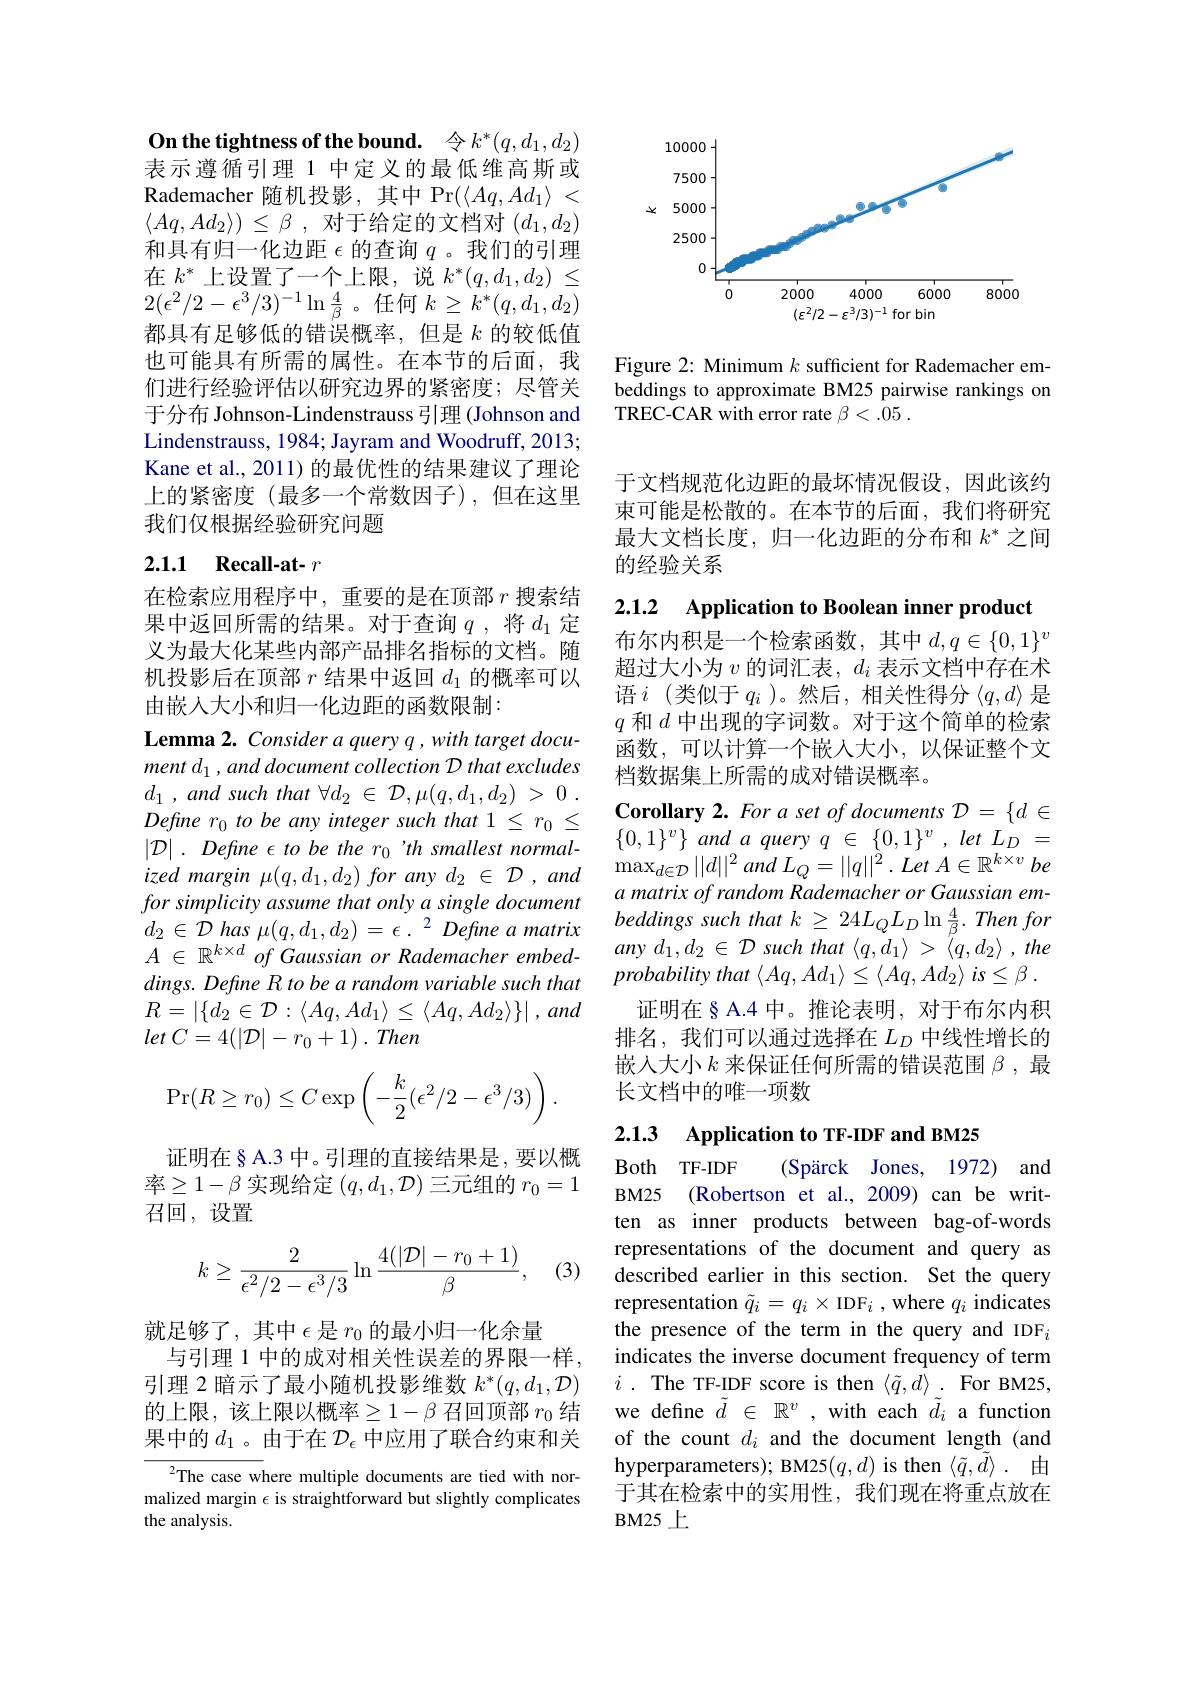
On the tightness of the bound. 令$k^*(q,d_1,d_2)$ 表示遵循引理 1 中定义的最低维高斯或Rademacher 随机投影，其中 Pr$( \langle Aq, Ad_1\rangle$ < $\langle Aq, Ad_2\rangle )$ $\leq$ $\beta$ , 对于给定的文档对 $(d_1,d_2)$ 和具有归一化边距$\epsilon$的查询$q$ 。我们的引理在$k^*$上设置了一个上限，说$k^*(q,d_1,d_2)\leq$ $2(\epsilon^2/2-\epsilon^3/3)^{-1}\ln\frac4\beta$。任何$k\geq k^*(q,d_1,d_2)$ 都具有足够低的错误概率，但是$k$ 的较低值也可能具有所需的属性。在本节的后面，我们进行经验评估以研究边界的紧密度；尽管关于分布 Johnson-Lindenstrauss 引理 (Johnson and Lindenstrauss, 1984; Jayram and Woodruff, 2013; Kane et al., 2011) 的最优性的结果建议了理论上的紧密度(最多一个常数因子),但在这里我们仅根据经验研究问题

# 2.1.1 Recall-at- $r$

在检索应用程序中，重要的是在顶部$r$搜索结果中返回所需的结果。对于查询$q$,将$d_1$定义为最大化某些内部产品排名指标的文档。随机投影后在顶部$r$结果中返回$d_1$的概率可以由嵌入大小和归一化边距的函数限制：

Lemma 2. Consider a query q , with target document $d_1,and$ document collection D that excludes $d_{1}$ , and such that $\forall d_{2}$ $\in$ $\mathcal{D} , \mu ( q, d_{1}, d_{2})$ > 0 . $Define~r_{0}~to~be~any~integer~such~that~1~\leq~r_{0}~\leq$ $| \mathcal{D} | . \textit{ Define to be the r}_{0}$' th smallest normal- ized margin $\mu(q,d_1,d_2)$ for any $d_2\in\mathcal{D},and$ $\begin{array}{l}{for\:simplicity\:assume\:that\:only\:a\:single\:document}\\{d_{2}\:\in\:\mathcal{D}\:has\:\mu(q,d_{1},d_{2})\:=\epsilon\:.}^{2}\:Define\:a\:matrix\end{array}$ $A\in \mathbb{R} ^{k\times d}\textit{ of Gaussian or Rademacher embed- }$ dings. Define R to be a random variable such that $R=\left|\{d_{2}\in\mathcal{D}:\langle Aq,Ad_{1}\rangle\leq\langle Aq,Ad_{2}\rangle\}\right|,and$ let $C= 4( | \mathcal{D} | - r_{0}+ 1)$ . Then
$$\Pr(R\ge r_0)\le C\exp\left(-\dfrac{k}{2}(\epsilon^2/2-\epsilon^3/3)\right).$$
证明在§ A.3 中。引理的直接结果是，要以概$率\geq1-\beta$实现给定$(q,d_1,\mathcal{D})$三元组的$r_0=1$ 召回，设置

(3)
$$\begin{aligned}k\geq\frac{2}{\epsilon^2/2-\epsilon^3/3}\ln\frac{4(|\mathcal{D}|-r_0+1)}{\beta},\end{aligned}$$
就足够了，其中$\epsilon$是$r_0$的最小归一化余量
与引理 1 中的成对相关性误差的界限一样， 引理 2 暗示了最小随机投影维数$k^*(q,d_1,\mathcal{D})$ 的上限，该上限以概率$\geq1-\beta$召回顶部$r_0$结果中的$d_1$。由于在 $\mathcal{D}_\epsilon$ 中应用了联合约束和关

${{^2}}$The case where multiple documents are tied with normalized margin $\epsilon$ is straightforward but slightly complicates the analysis.

<FigureHere>

Figure 2: Minimum $k$ sufficient for Rademacher embeddings to approximate BM25 pairwise rankings on TREC-CAR with error rate $\beta < . 05$ .

于文档规范化边距的最坏情况假设，因此该约束可能是松散的。在本节的后面，我们将研究最大文档长度，归一化边距的分布和$k^*$之间的经验关系

2.1.2 Application to Boolean inner product

布尔内积是一个检索函数，其中$d,q\in\{0,1\}^v$ 超过大小为$v$的词汇表，$d_i$表示文档中存在术语$i$ (类似于$q_i$ )。然后，相关性得分$\langle q,d\rangle$是$q$和$d$中出现的字词数。对于这个简单的检索函数，可以计算一个嵌人大小，以保证整个文档数据集上所需的成对错误概率。

$\textbf{Corollary 2. For a set of documents }{\mathcal{D} }= \{ d\in$ $\{0,1\}^v\}$ and $a$ query $q\in \{ 0, 1\} ^v, \textit{let }L_D=$ $\max _{d\in \mathcal{D} }| | d| | ^{2}$ and $L_{Q}= | | q| | ^{2}$ . Let $A\in \mathbb{R} ^{k\times v}$ $be$ a matrix of random Rademacher or Gaussian embeddings such that $k$ $\geq$ $24L_{Q}L_{D}\ln \frac 4\beta .$ Then for any $d_{1}, d_{2}$ $\in$ ${\mathcal{D} }$ such that $\langle q, \dot{d} _{1}\rangle$ > $\tilde{\langle } q, d_{2}\rangle$ , the probability that $\langle Aq, Ad_{1}\rangle \leq \langle Aq, Ad_{2}\rangle$ $is\leq \beta$ .
证明在§ A.4 中。推论表明，对于布尔内积排名，我们可以通过选择在$L_D$中线性增长的嵌入大小$k$来保证任何所需的错误范围$\beta$ ,最长文档中的唯一项数

2.1.3 Application to TF-IDF and BM25

Both TF-IDF
(Spärck Jones, 1972) and
BM25 (Robertson et al., 2009) can be written as inner products between bag-of-words representations of the document and query as described earlier in this section. Set the query representation $\tilde{q}_i=q_i\times$ IDF$_i$ , where $q_i$ indicates the presence of the term in the query and IDFi indicates the inverse document frequency of term $i$ . $\operatorname { \mathrm{The~TF- IDF~score~is~then~}} \langle \tilde{q} , \bar{d} \rangle$ . $\operatorname { \mathrm{For~BM25, }}$ we define $\tilde{d}\in\mathbb{R}^v$ ,with each $\tilde{d}_i$ a function of the count $d_i$ and the document length (and hyperparameters); BM25$(q,d)$ is then $\langle\tilde{q},\tilde{d}\rangle.$由于其在检索中的实用性，我们现在将重点放在BM25 上